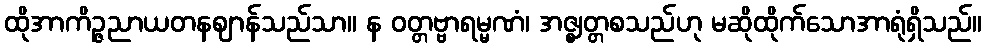
ထိုအာကိဉ္ဇညာယတနဈာန်သည်သာ။ န ဝတ္တဗ္ဗာရမ္မဏံ၊ အဇ္ဈတ္တစသည်ဟု မဆိုထိုက်သောအာရုံရှိသည်။